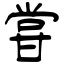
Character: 甞